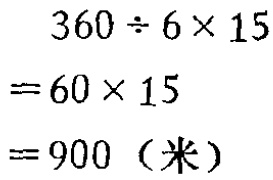
\[
\begin{align*}
360\div6\times15&=60\times15\\
&=900（米）
\end{align*}
\]